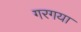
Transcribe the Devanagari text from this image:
गरगया